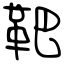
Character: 靶